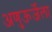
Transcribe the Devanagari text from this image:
अणुऊर्जेला